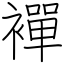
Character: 襌